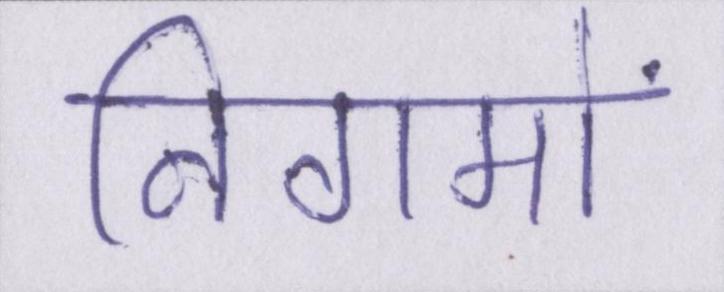
निगमों